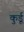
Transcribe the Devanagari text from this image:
कुर्डू